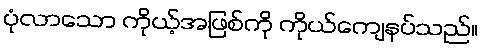
ပုံလာသော ကိုယ့်အဖြစ်ကို ကိုယ်ကျေနပ်သည်။